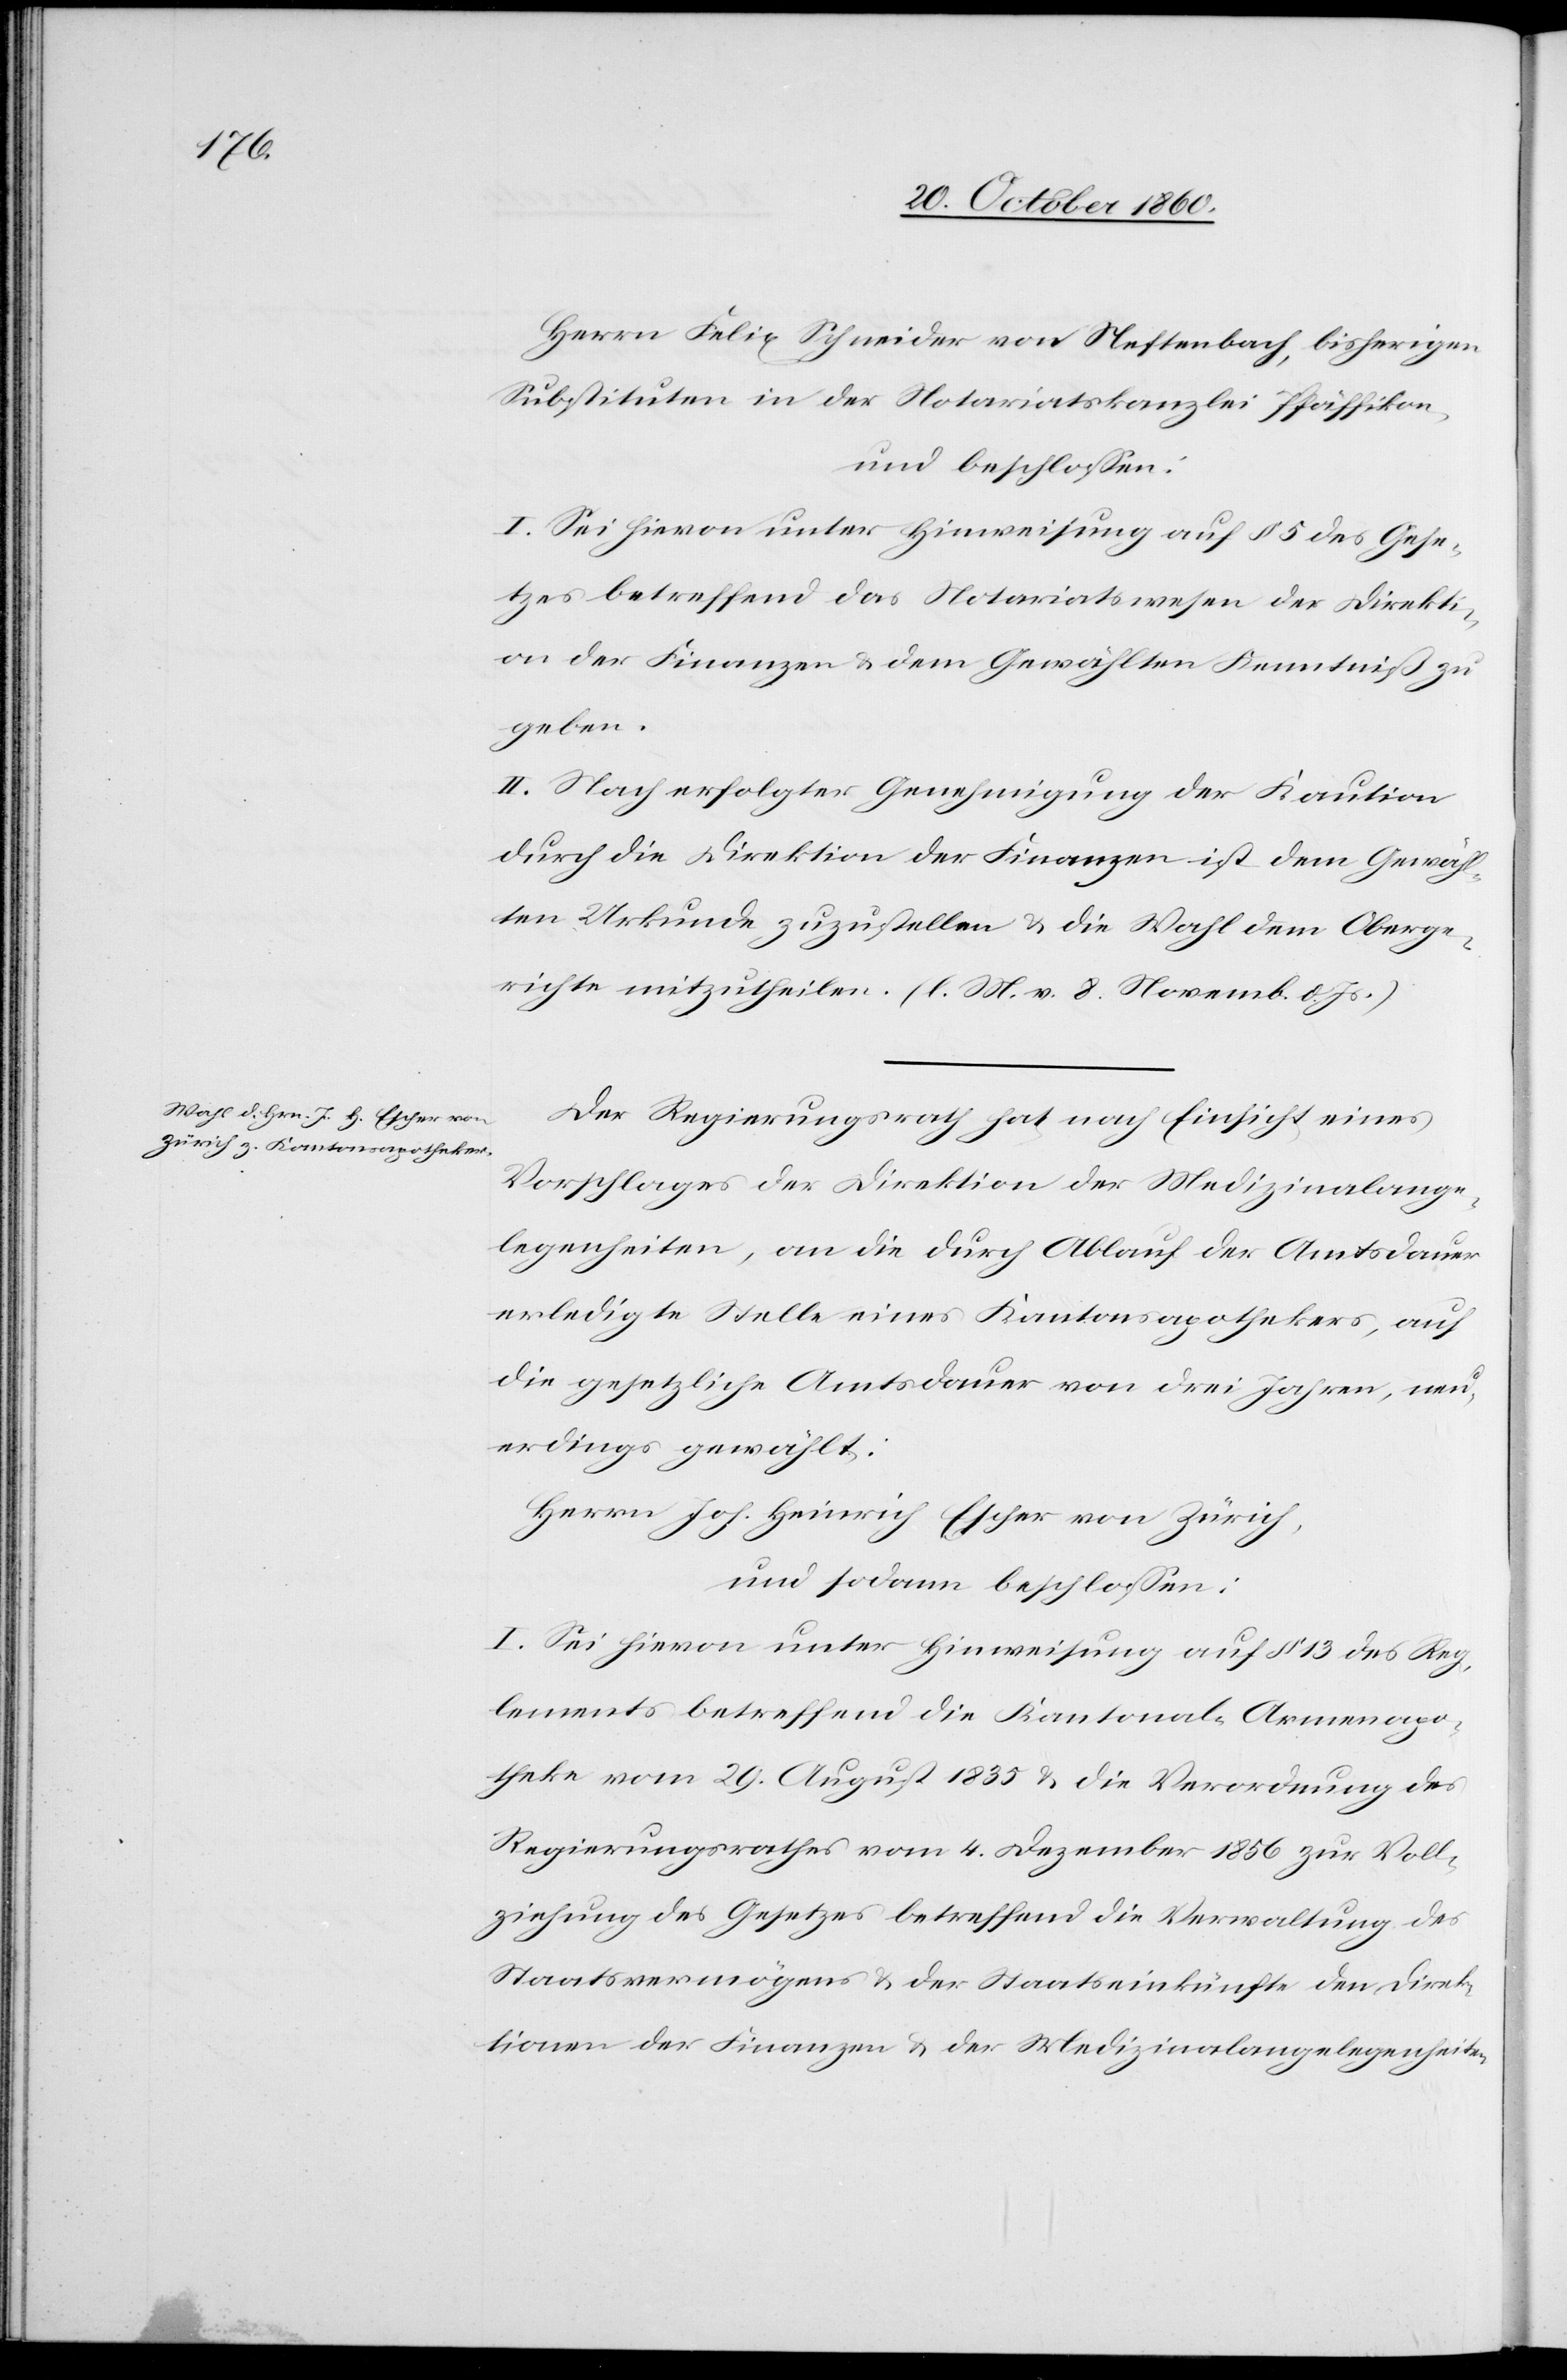
Herrn Felix Schneider von Neftenbach, bisherigen
Substituten in der Notariatskanzlei Pfäffikon,
und beschlossen:
I. Sei hievon unter Hinweisung auf § 5 des Gese¬
tzes betreffend das Notariatswesen der Direkti¬
on der Finanzen u. dem Gewählten Kenntniß zu
geben.
II. Nach erfolgter Genehmigung der Kaution
durch die Direktion der Finanzen ist dem Gewähl¬
ten Urkunde zuzustellen u. die Wahl dem Oberge¬
richte mitzutheilen. (l. M. v. 8. Novemb. d. Js.)
Der Regierungsrath hat nach Einsicht eines
Vorschlages der Direktion der Medizinalange¬
legenheiten, an die durch Ablauf der Amtsdauer
erledigte Stelle eines Kantonsapothekers, auf
die gesetzliche Amtsdauer von drei Jahren, neu¬
erdings gewählt:
Herrn Joh. Heinrich Escher von Zürich,
und sodann beschlossen:
I. Sei hievon unter Hinweisung auf § 13 des Reg¬
lements betreffend die Kantonal-Armenapo¬
theke vom 29. August 1835 u. die Verordnung des
Regierungsrathes vom 4. Dezember 1856 zur Voll¬
ziehung des Gesetzes bereffend die Verwaltung des
Staatsvermögens u. der Staatseinkünfte den Direk¬
tionen der Finanzen u. der Medizinalangelegenheiten